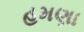
હમણા